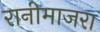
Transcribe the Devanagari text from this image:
रानीमाजरा